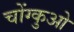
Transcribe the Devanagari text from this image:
चोंग्कुओ